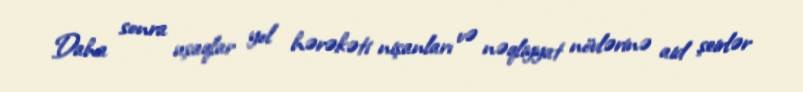
Daha sonra uşaqlar yol hərəkəti nişanları və nəqliyyat növlərinə aid şeirlər